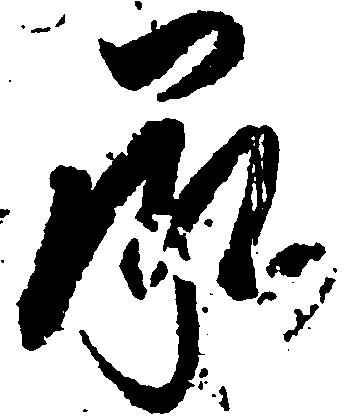
承